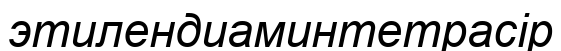
этилендиаминтетрасір